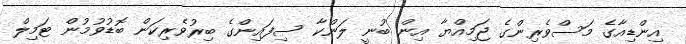
އިންޑިއާގެ މަސްވެރިންގެ ޖަމިއްޔާ އިން ބުނީ ލަންކާ ސިފައިންގެ ބިރުވެރިކަން ބޮޑުވުމުން ޓަމިލް